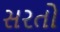
સરતો